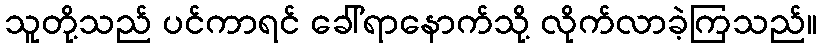
သူတို့သည် ပင်ကာရင် ခေါ်ရာနောက်သို့ လိုက်လာခဲ့ကြသည်။